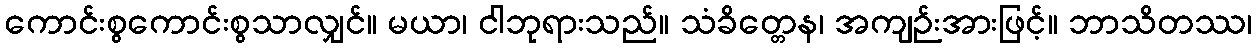
ကောင်းစွကောင်းစွသာလျှင်။ မယာ၊ ငါဘုရားသည်။ သံခိတ္တေန၊ အကျဉ်းအားဖြင့်။ ဘာသိတဿ၊